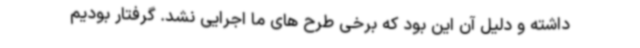
داشته و دلیل آن این بود که برخی طرح های ما اجرایی نشد. گرفتار بودیم